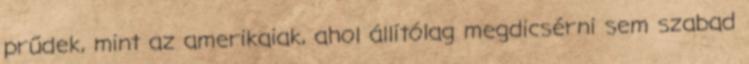
prűdek, mint az amerikaiak, ahol állítólag megdicsérni sem szabad